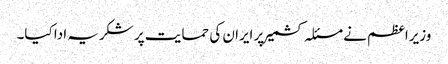
وزیراعظم نے مسئلہ کشمیر پر ایران کی حمایت پر شکریہ ادا کیا۔